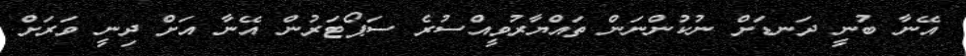
އޭނާ ބުނީ ދަނޑަށް ނުކުންނަން ތައްޔާރުވީއްސުރެ ސަޕޯޓަރުން އޭނާ އަށް ދިނީ ވަރަށް